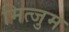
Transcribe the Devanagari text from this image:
मित्जुम